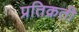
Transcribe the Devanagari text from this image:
प्रतिक्रती